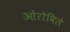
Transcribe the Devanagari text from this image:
ओरोविले